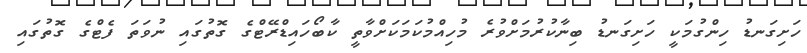
ހަށިގަނޑު ހިންގުމަކީ ހަށިގަނޑު ބިނާކުރުމަށްވުރެ މުހިއްމުކަމަކަށްވާތީ ކާބޯހައިޑްރޭޓްގެ ގޮތުގައި ނުވަތަ ފެޓްގެ ގޮތުގައި